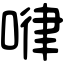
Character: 𠷈